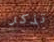
تذكر